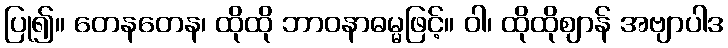
ပြု၍။ တေနတေန၊ ထိုထို ဘာဝနာဓမ္မဖြင့်။ ဝါ၊ ထိုထိုဈာန် အဗျာပါဒ